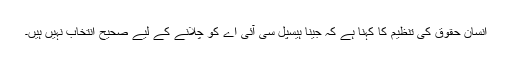
انسان حقوق کی تنظیم کا کہنا ہے کہ جینا ہیسپل سی آئی اے کو چلانے کے لیے صحیح انتخاب نہیں ہیں۔